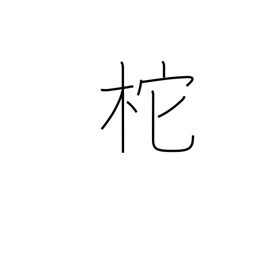
Meaning: helm